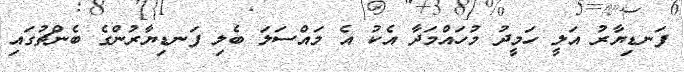
ފަނޑިޔާރު އަލީ ހަމީދު މުހައްމަދާ އެކު އެ މައްސަލަ ބެލި ފަނޑިޔާރުންގެ ބެންޗުގައި